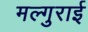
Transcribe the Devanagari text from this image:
मल्गुराई